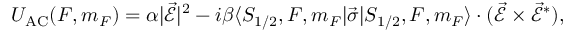
U _ { \mathrm { { A C } } } ( F , m _ { F } ) = \alpha | \vec { \mathcal { E } } | ^ { 2 } - i \beta \langle S _ { 1 / 2 } , F , m _ { F } | \vec { \sigma } | S _ { 1 / 2 } , F , m _ { F } \rangle \cdot ( \vec { \mathcal { E } } \times \vec { \mathcal { E } } ^ { \ast } ) ,